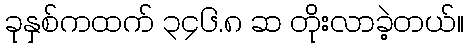
ခုနှစ်ကထက် ၃၄၆.၈ ဆ တိုးလာခဲ့တယ်။